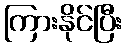
ကြားနိုင်ပြီး